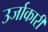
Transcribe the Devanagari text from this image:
उर्जाकारी